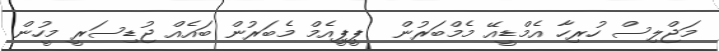
މަޖްލިސް ހުރިހާ އެމްޑީއޭ މެމްބަރުން  ޕީޕީއެމް މެބަރުން ބައެއް ޖުޑިސަރީ މީހުން